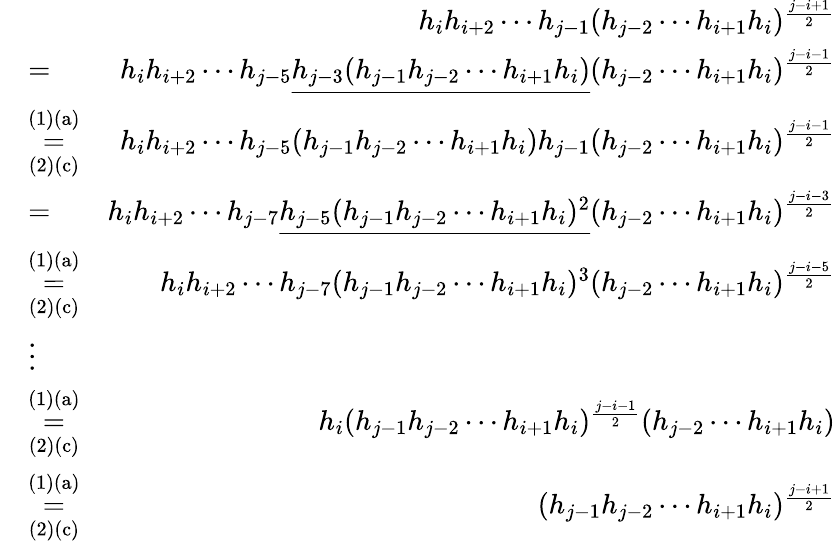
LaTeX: \begin{array}{rlr}&{}&{h_{i}h_{i+2}\cdots h_{j-1}(h_{j-2}\cdots h_{i+1}h_{i})^{\frac{j-i+1}{2}}}\\ &{=}&{h_{i}h_{i+2}\cdots h_{j-5}\underline{{h_{j-3}(h_{j-1}h_{j-2}\cdots h_{i+1}h_{i})}}(h_{j-2}\cdots h_{i+1}h_{i})^{\frac{j-i-1}{2}}}\\ &{\overset{\mathrm{(1)(a)}}{\underset{\mathrm{(2)(c)}}{=}}}&{h_{i}h_{i+2}\cdots h_{j-5}(h_{j-1}h_{j-2}\cdots h_{i+1}h_{i})h_{j-1}(h_{j-2}\cdots h_{i+1}h_{i})^{\frac{j-i-1}{2}}}\\ &{=}&{h_{i}h_{i+2}\cdots h_{j-7}\underline{{h_{j-5}(h_{j-1}h_{j-2}\cdots h_{i+1}h_{i})^{2}}}(h_{j-2}\cdots h_{i+1}h_{i})^{\frac{j-i-3}{2}}}\\ &{\overset{\mathrm{(1)(a)}}{\underset{\mathrm{(2)(c)}}{=}}}&{h_{i}h_{i+2}\cdots h_{j-7}(h_{j-1}h_{j-2}\cdots h_{i+1}h_{i})^{3}(h_{j-2}\cdots h_{i+1}h_{i})^{\frac{j-i-5}{2}}}\\ &{\vdots}&\\ &{\overset{\mathrm{(1)(a)}}{\underset{\mathrm{(2)(c)}}{=}}}&{h_{i}(h_{j-1}h_{j-2}\cdots h_{i+1}h_{i})^{\frac{j-i-1}{2}}(h_{j-2}\cdots h_{i+1}h_{i})}\\ &{\overset{\mathrm{(1)(a)}}{\underset{\mathrm{(2)(c)}}{=}}}&{(h_{j-1}h_{j-2}\cdots h_{i+1}h_{i})^{\frac{j-i+1}{2}}}\end{array}